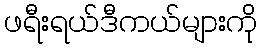
ဖရီးရယ်ဒီကယ်များကို